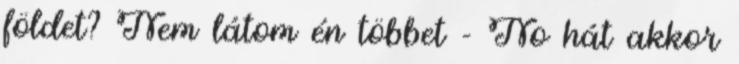
földet? Nem látom én többet - No hát akkor